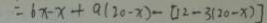
= 6 x - x + a ( 2 0 - x ) - [ 1 2 - 3 ( 2 0 - x ) ]